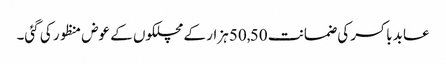
عابد باکسر کی ضمانت 50,50 ہزار کے مچلکوں کے عوض منظور کی گئی۔